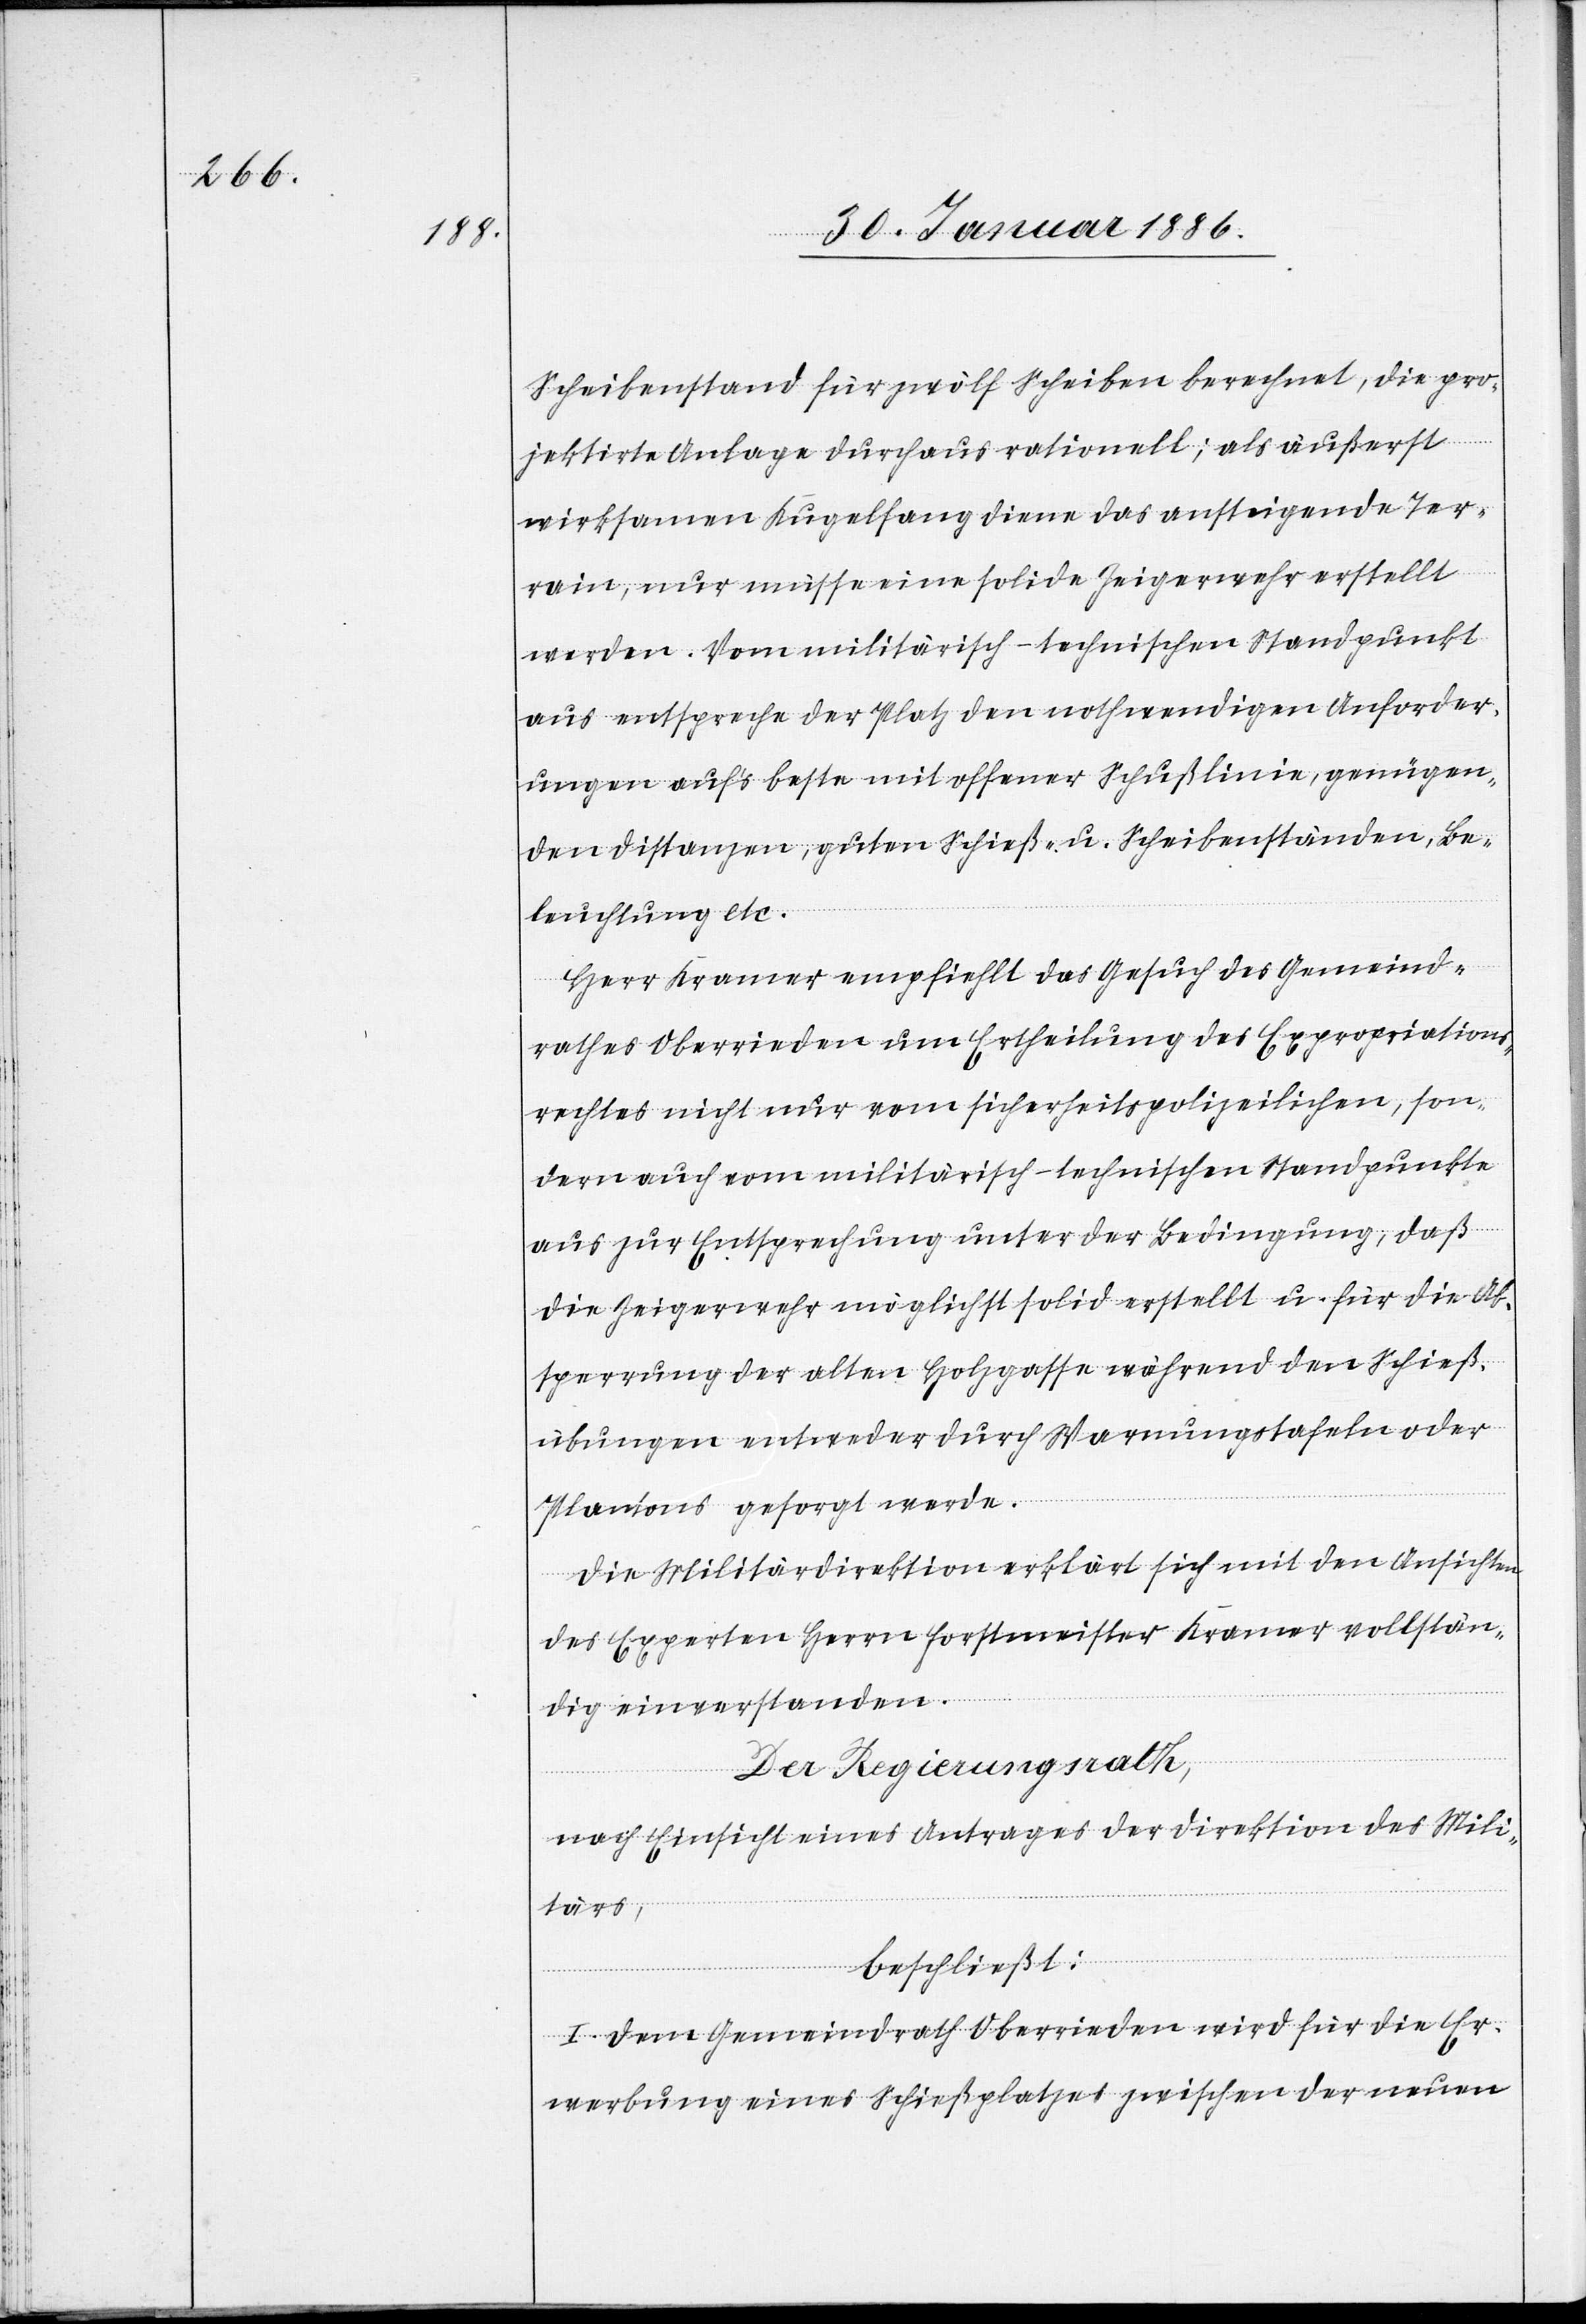
Scheibenstand für zwölf Scheiben berechnet, die pro¬
jektierte Anlage durchaus rationell; als äußerst
wirksamen Kegelfang diene das aufsteigende Ter¬
rain, nur müsse eine solide Zeigerwehr erstellt
werden. Vom militärisch-technischen Standpunkte
aus entspreche der Platz den nothwendigen Anforder¬
ungen auf’s beste mit offener Schußlinie, genügen¬
den Distanzen, guten Schieß- u. Scheibenständen, Be¬
leuchtung etc.
Herr Kramer empfiehlt das Gesuch des Gemeind¬
rathes Oberrieden um Ertheilung des Expropriations¬
rechtes nicht nur vom sicherheitspolizeilichen, son¬
dern auch vom militärisch-technischen Standpunkte
aus zur Entsprechung unter der Bedingung, daß
die Zeigerwehr möglichst solid erstellt u. für die Ab¬
sperrung der alten Holzgasse während den Schieß¬
übungen entweder durch Warnungstafeln oder
Plantons gesorgt werde.
Die Militärdirektion erklärt sich mit den Ansichten
des Experten Herrn Forstmeister Kramer vollstän¬
dig einverstanden.
Der Regierungsrath,
nach Einsicht eines Antrages der Direktion des Mili¬
tärs,
beschließt:
I. Dem Gemeindrath Oberrieden wird für die Er¬
werbung eines Schießplatzes zwischen der neuen